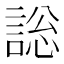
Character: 𧩟